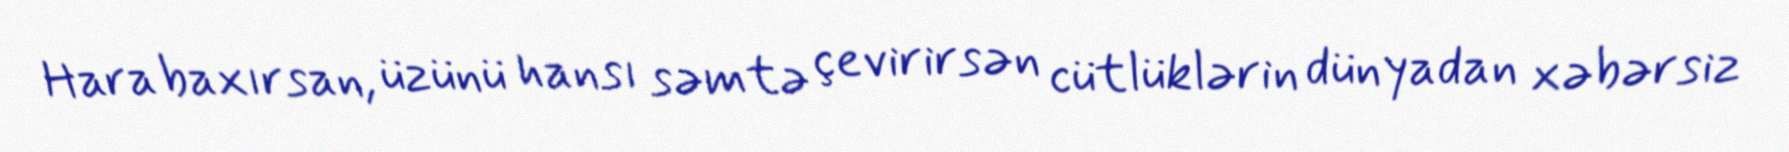
Hara baxırsan, üzünü hansı səmtə çevirirsən cütlüklərin dünyadan xəbərsiz